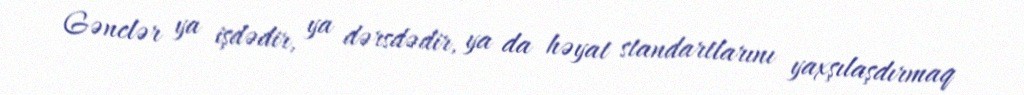
Gənclər ya işdədir, ya dərsdədir, ya da həyat standartlarını yaxşılaşdırmaq